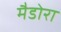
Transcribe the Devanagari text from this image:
मैडोरा